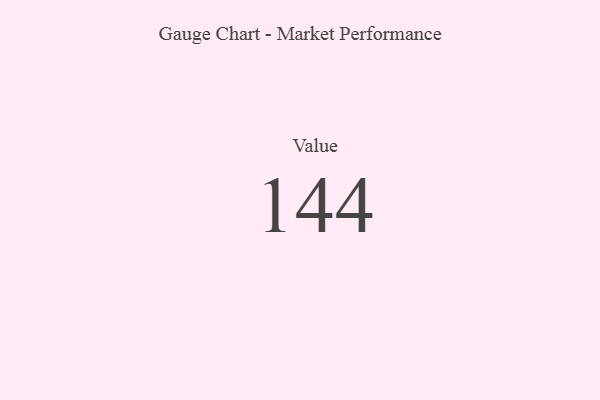
{"axis": {"x": "Metric", "y": "Value"}, "legend": [""], "data": [{"x": "Value", "y": 144, "type": ""}]}